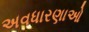
અવધારણાઓ